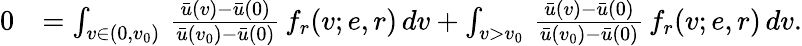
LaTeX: \begin{array}{rl}{0}&{=\int_{v\in(0,v_{0})}\, \frac{\bar{u}(v)-\bar{u}(0)}{\bar{u}(v_{0})-\bar{u}(0)}\, f_{r}(v;e,r)\, dv+\int_{v>v_{0}}\, \frac{\bar{u}(v)-\bar{u}(0)}{\bar{u}(v_{0})-\bar{u}(0)}\, f_{r}(v;e,r)\, dv.}\end{array}